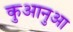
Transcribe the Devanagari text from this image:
कुआनुआ